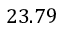
2 3 . 7 9